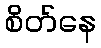
စိတ်နေ